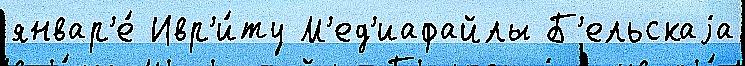
январ'е́ Ивр'и́ту М'ед'иафайлы Б'ельскаjа